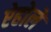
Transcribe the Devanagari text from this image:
ऐहोले